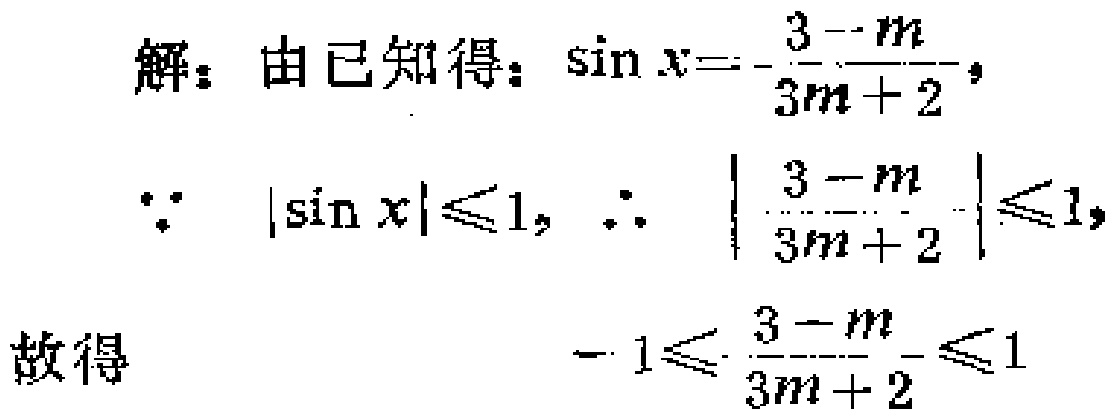
解：由已知得：\(\sin x = -\frac{3 - m}{3m + 2}\)，
\(\because\) \(|\sin x|\leq1\)，\(\therefore\) \(\left|\frac{3 - m}{3m + 2}\right|\leq1\)，
故得 \(-1\leq\frac{3 - m}{3m + 2}\leq1\)